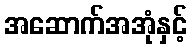
အဆောက်အအုံနှင့်